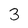
Character: 3